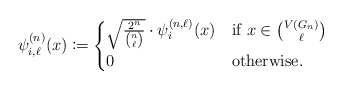
\begin{align*} \psi_{i,\ell}^{(n)}(x) \coloneqq \begin{cases} \sqrt{\frac{2^n}{\binom{n}{\ell}}} \cdot \psi_i^{(n,\ell)}(x) &\textnormal{if } x \in \binom{V(G_n)}{\ell} \cr 0 &\textnormal{otherwise.} \end{cases}\end{align*}